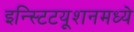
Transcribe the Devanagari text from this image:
इन्स्टिटयूशनमध्ये